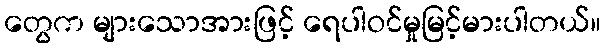
တွေက များသောအားဖြင့် ရေပါဝင်မှုမြင့်မားပါတယ်။